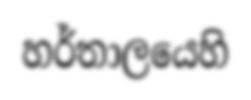
හර්තාලයෙහි